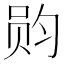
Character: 𮷏